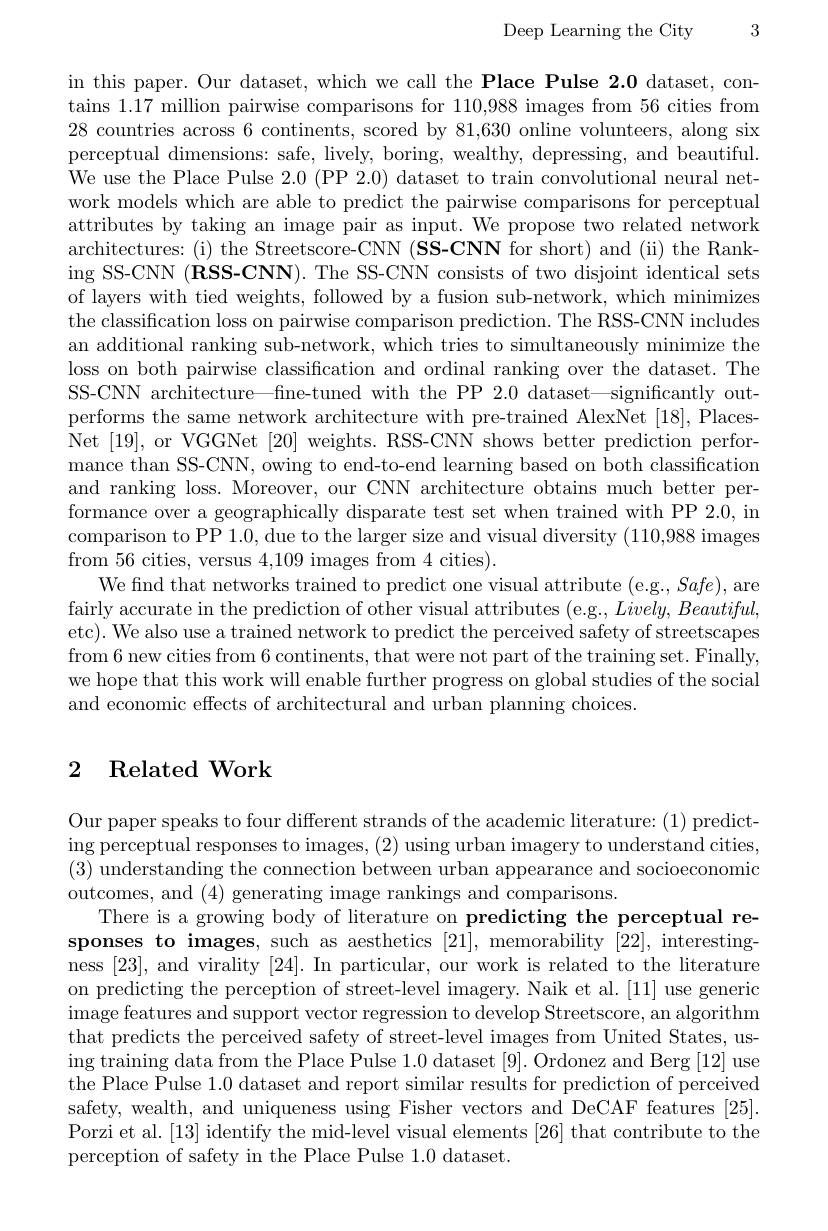
Deep Learning the City

3

in this paper. Our dataset, which we call the Place Pulse 2.0 dataset, contains 1.17 million pairwise comparisons for 110,988 images from 56 cities from 28 countries across 6 continents, scored by 81,630 online volunteers, along six perceptual dimensions: safe, lively, boring, wealthy, depressing, and beautiful. We use the Place Pulse 2.0 (PP 2.0) dataset to train convolutional neural network models which are able to predict the pairwise comparisons for perceptual attributes by taking an image pair as input. We propose two related network architectures: (i) the Streetscore-CNN (SS-CNN for short) and (ii) the Ranking SS-CNN (RSS-CNN). The SS-CNN consists of two disjoint identical sets of layers with tied weights, followed by a fusion sub-network, which minimizes the classification loss on pairwise comparison prediction. The RSS-CNN includes an additional ranking sub-network, which tries to simultaneously minimize the loss on both pairwise classification and ordinal ranking over the dataset. The SS-CNN architecture—fine-tuned with the PP 2.0 dataset—significantly outperforms the same network architecture with pre-trained AlexNet [18], PlacesNet [19],or VGGNet [20] weights. RSS-CNN shows better prediction performance than SS-CNN, owing to end-to-end learning based on both classification and ranking loss. Moreover, our CNN architecture obtains much better performance over a geographically disparate test set when trained with PP 2.0, in comparison to PP 1.0,due to the larger size and visual diversity (110,988 images from 56 cities, versus 4,109 images from 4 cities).
We find that networks trained to predict one visual attribute (e.g., Safe), are fairly accurate in the prediction of other visual attributes (e.g., $Lively,Beautiful$, etc). We also use a trained network to predict the perceived safety of streetscapes from 6 new cities from 6 continents, that were not part of the training set. Finally, we hope that this work will enable further progress on global studies of the social and economic effects of architectural and urban planning choices.

### 2 Related Work

Our paper speaks to four different strands of the academic literature: (1) predicting perceptual responses to images, (2) using urban imagery to understand cities, (3) understanding the connection between urban appearance and socioeconomic outcomes, and (4) generating image rankings and comparisons.
There is a growing body of literature on predicting the perceptual responses to images, such as aesthetics [21], memorability [22], interestingness [23], and virality [24]. In particular, our work is related to the literature on predicting the perception of street-level imagery. Naik et al.[11] use generic image features and support vector regression to develop Streetscore, an algorithm that predicts the perceived safety of street-level images from United States, using training data from the Place Pulse 1.0 dataset [9]. Ordonez and Berg [12] use the Place Pulse 1.0 dataset and report similar results for prediction of perceived safety, wealth, and uniqueness using Fisher vectors and DeCAF features [25]. Porzi et al.[13] identify the mid-level visual elements [26] that contribute to the perception of safety in the Place Pulse 1.0 dataset.